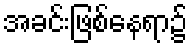
အခင်းဖြစ်နေရာ၌